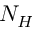
N _ { H }